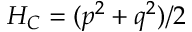
H _ { C } = ( p ^ { 2 } + q ^ { 2 } ) / 2